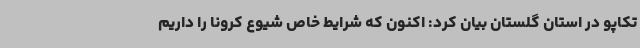
تکاپو در استان گلستان بیان کرد: اکنون که شرایط خاص شیوع کرونا را داریم